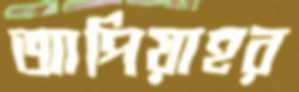
আপিয়াহর